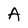
Character: A